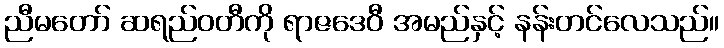
ညီမတော် ဆရည်ဝတီကို ရာဇဒေဝီ အမည်နှင့် နန်းတင်လေသည်။